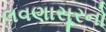
લવણાસૂરનો